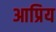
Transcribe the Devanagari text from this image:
आप्रिय